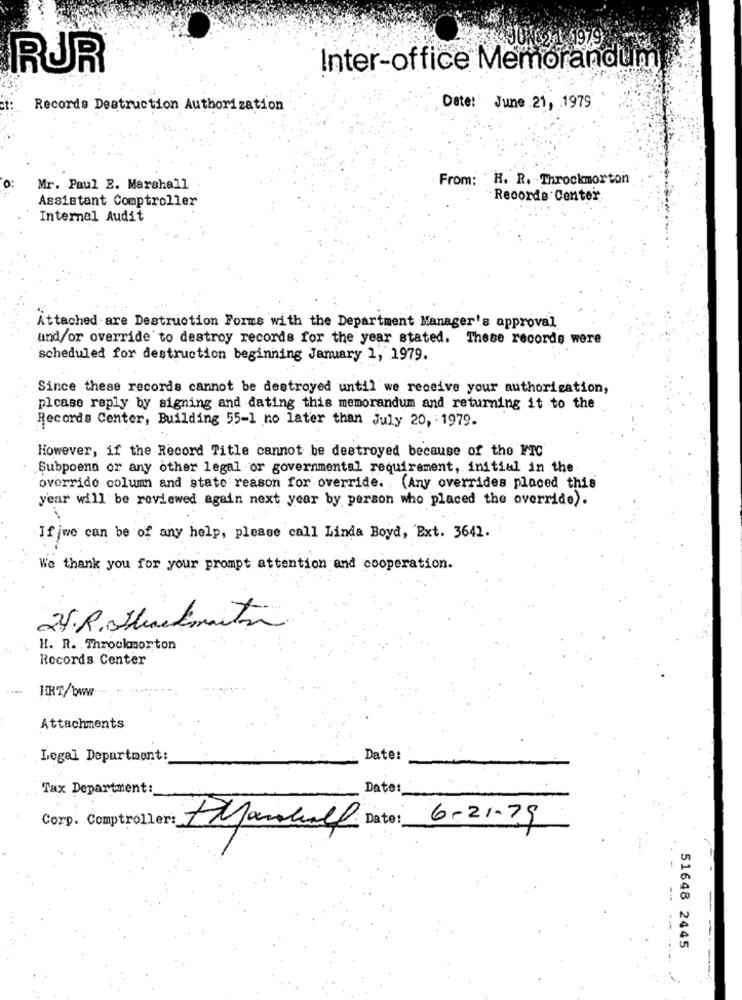
SJON02.1 5979
RUR
Inter-office Memorandum
Records Destruction Authorization
Date:' June 21, 1979
From: H. R. Throckmorton
0:
Mr. Paul E. Marshall
Recorde Center
Assistant Comptroller
Internal Audit
Attached are Destruction Forms with the Department Manager's approval
and/or override to destroy records for the year stated. These records were
scheduled for destruction beginning January 1, 1979.
Since these records cannot be destroyed until we receive your authorisation,
please reply by signing and dating this memorandum and returning it to the
Records Center, Building 55-1 no later than July 20, 1979.
However, if the Record Title cannot be destroyed because of the FTC
Subpoena or any other legal or governmental requirement, initial in the
override column and state reason for override. . (Any overrides placed this
year will be reviewed again next year by person who placed the override).
Ifjwe can be of any help, please call Linda Boyd, Ext. 3642.
We thank you for your prompt attention and cooperation.
24.R. Shackmuito
H. R. Throckmorton
Records Center
HRT/www.
Attachments
Legal Department:
Date:
Tax Department:
Date
Corp. Comptroller:
6-21.79
+ Manhall Date:
--
51648 2445